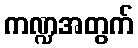
ကဏ္ဍအတွက်